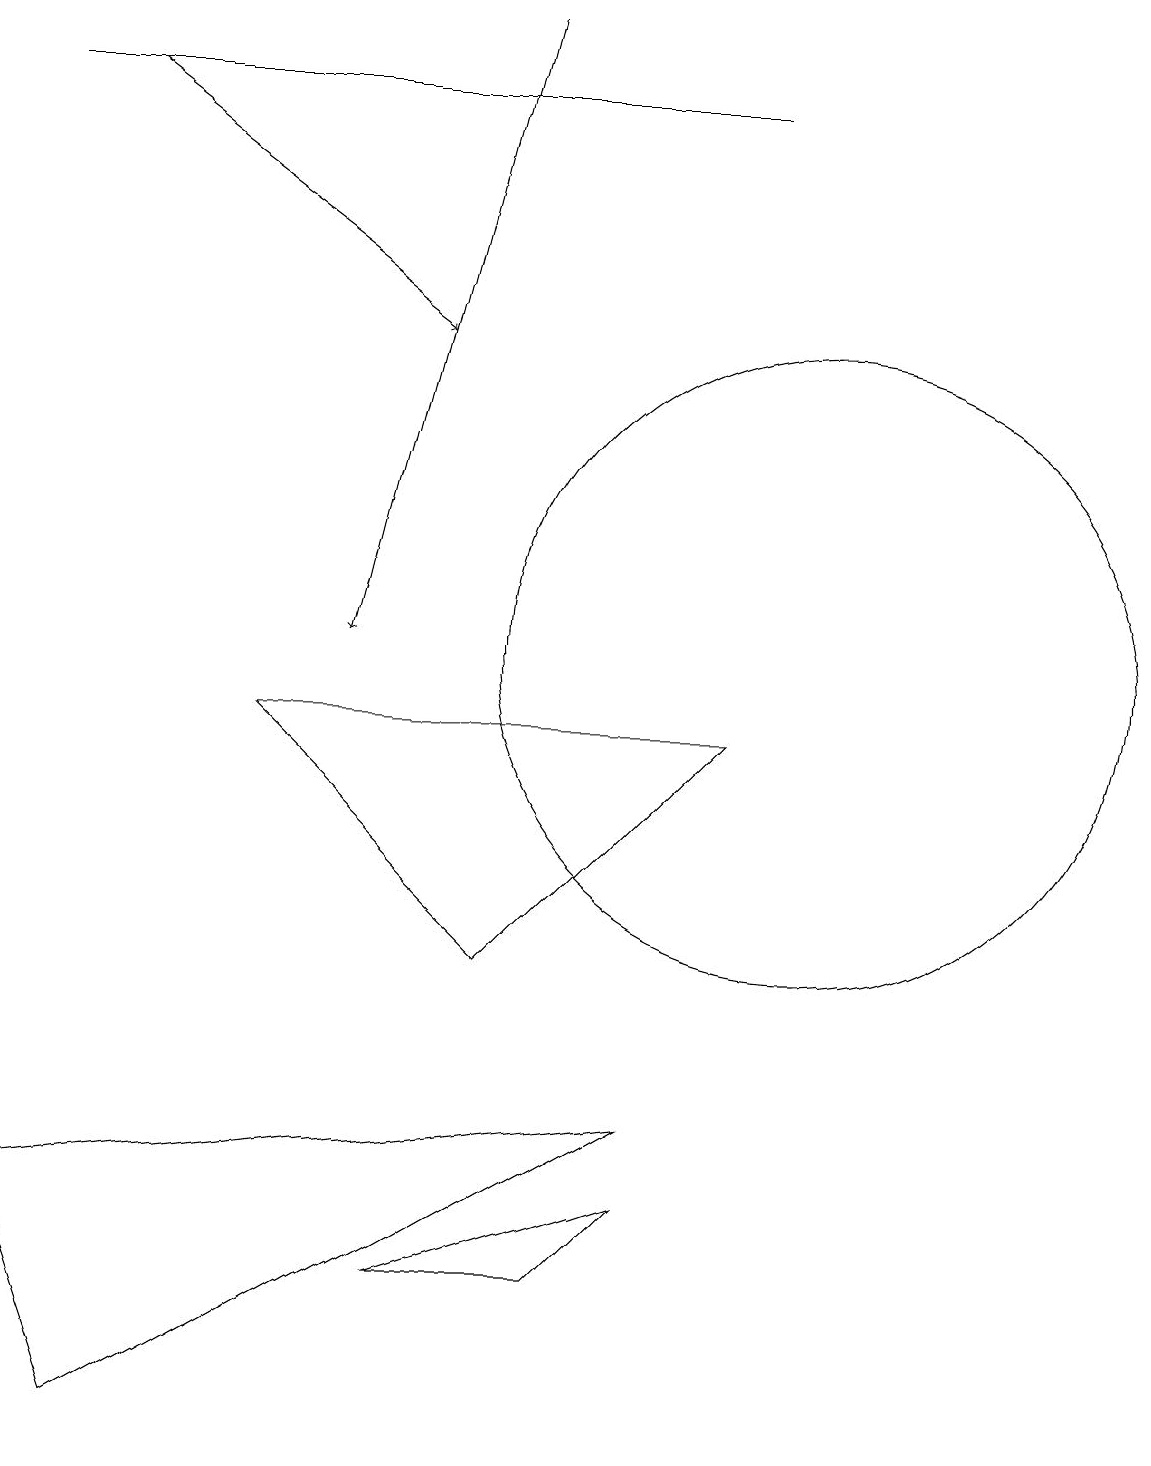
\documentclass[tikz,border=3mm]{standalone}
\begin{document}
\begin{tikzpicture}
\draw (0,3) -- (8,4) -- (1,0) -- cycle;
\draw (7,2) -- (5,2) -- (8,3) -- cycle;
\draw[->] (1,17) -- (5,14);
\draw[->] (6,18) -- (4,10);
\draw (0,17) rectangle (9,17);
\draw (9,9) -- (3,9) -- (6,6) -- cycle;
\draw (10,10) circle (4);
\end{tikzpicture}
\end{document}